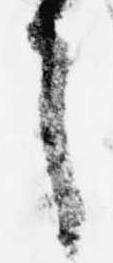
之